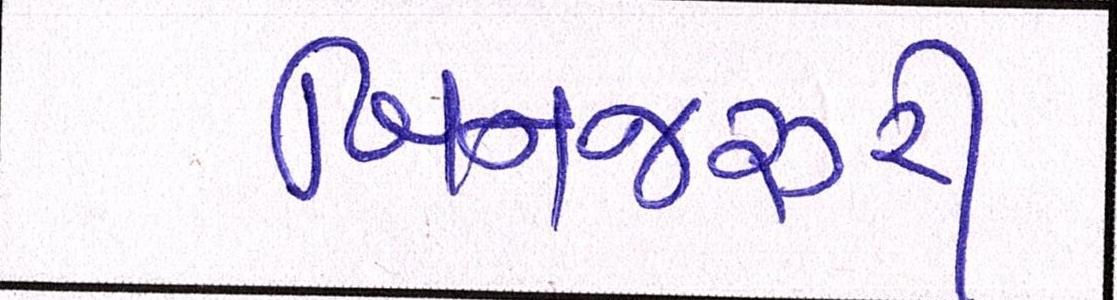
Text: બિનજરૂરી